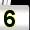
Digit: 5